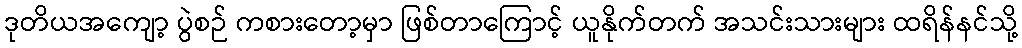
ဒုတိယအကျော့ ပွဲစဉ် ကစားတော့မှာ ဖြစ်တာကြောင့် ယူနိုက်တက် အသင်းသားများ ထရိန်နင်သို့